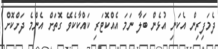
ދެމަފިރިން އެކަނި އުޅެން ބަލާ ނަމަ އެއްކޮޓަރި ކައްކާކެވޭ ގޮތަށް އެންމެ ދަށްކޮށް